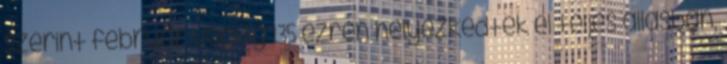
szerint február végéig 135 ezren helyezkedtek el teljes állásban,